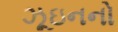
ઝૂઇનનો